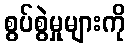
စွပ်စွဲမှုများကို